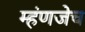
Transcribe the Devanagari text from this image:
म्हंणजेच